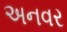
અનવર